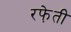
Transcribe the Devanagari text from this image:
रफे़ती